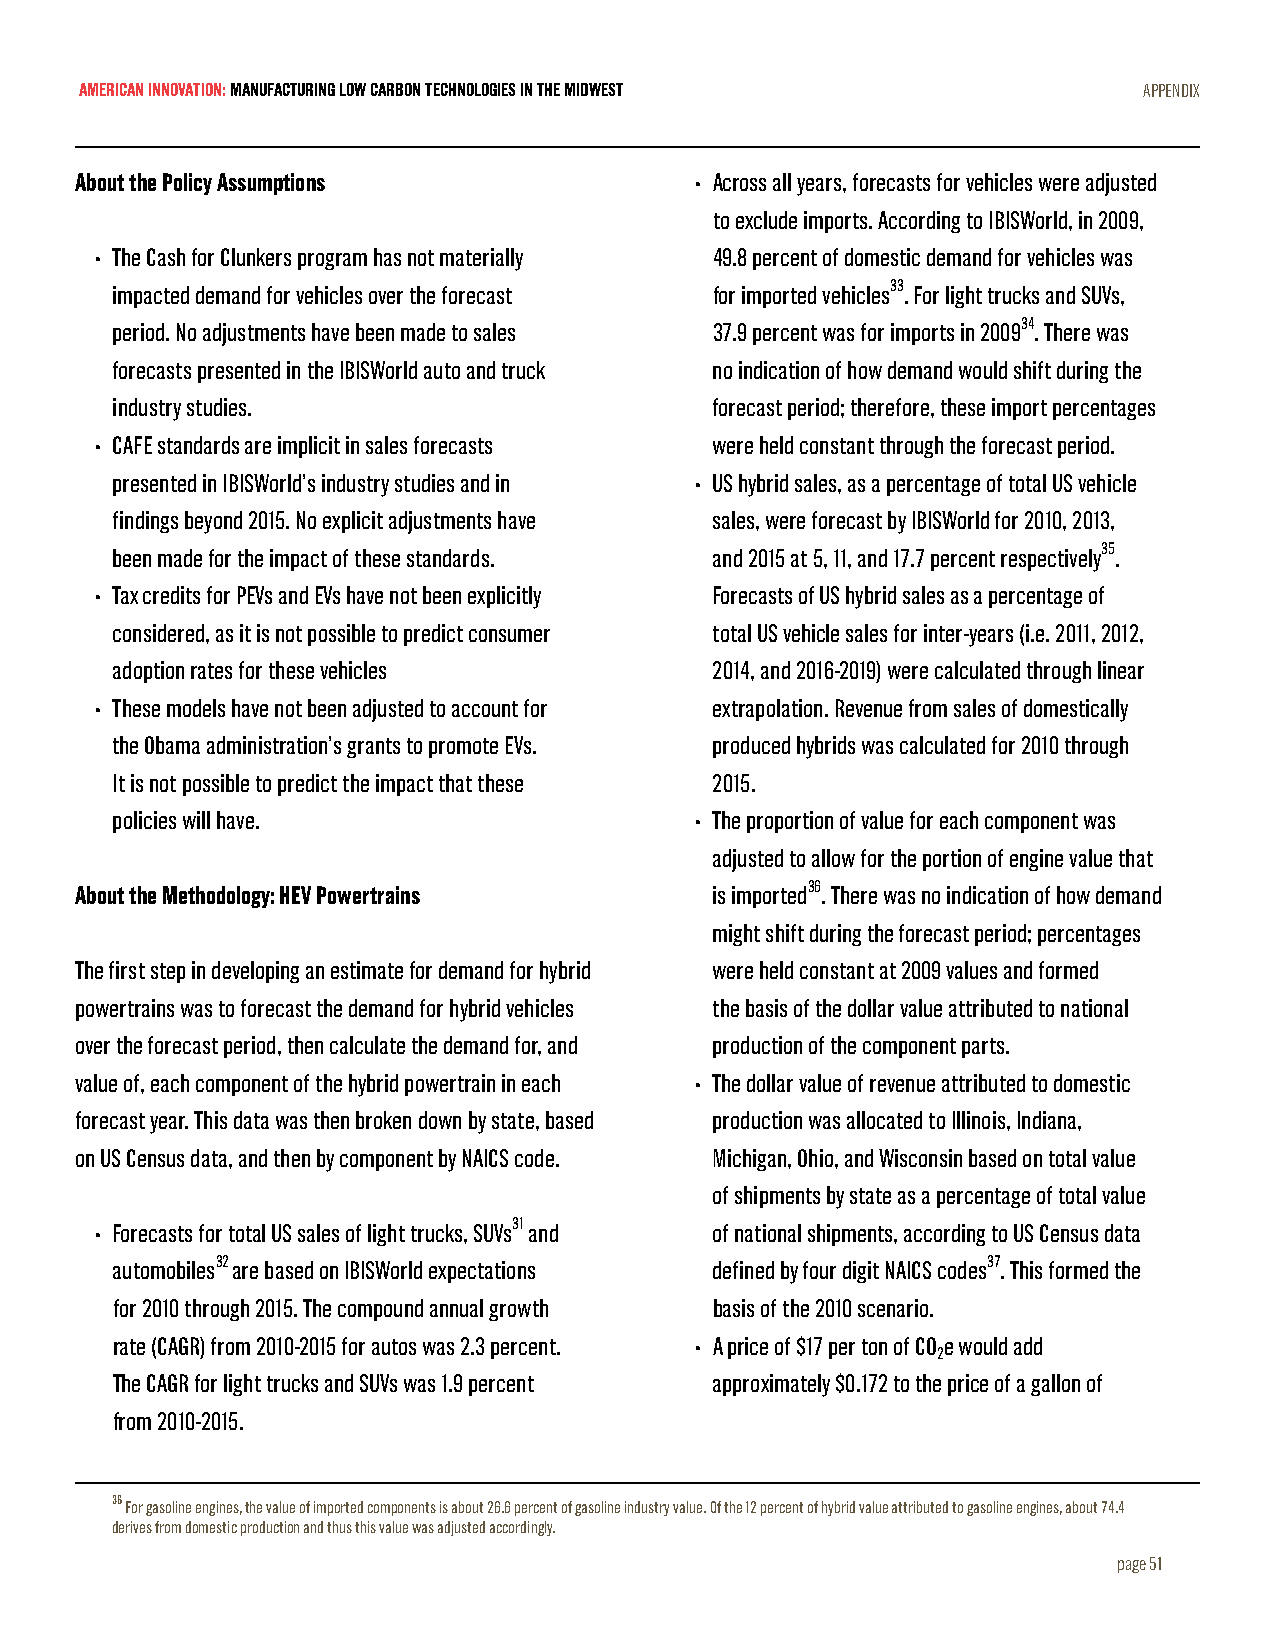
AMERICAN INNOVATION: MANUFACTURING LOW CARBON TECHNOLOGIES IN THE MIDWEST APPENDIX
 About the Policy Assumptions             • Across all years, forecasts for vehicles were adjusted
 to exclude imports. According to IBISWorld, in 2009,
 • The Cash for Clunkers program has not materially 49.8 percent of domestic demand for vehicles was
 impacted demand for vehicles over the forecast for imported vehicles33. For light trucks and SUVs,
 period. No adjustments have been made to sales 37.9 percent was for imports in 200934. There was
 forecasts presented in the IBISWorld auto and truck no indication of how demand would shift during the
 industry studies.                       forecast period; therefore, these import percentages
 • CAFE standards are implicit in sales forecasts were held constant through the forecast period.
 presented in IBISWorld’s industry studies and in • US hybrid sales, as a percentage of total US vehicle
 findings beyond 2015. No explicit adjustments have sales, were forecast by IBISWorld for 2010, 2013,
 been made for the impact of these standards. and 2015 at 5, 11, and 17.7 percent respectively35.
 • Tax credits for PEVs and EVs have not been explicitly Forecasts of US hybrid sales as a percentage of
 considered, as it is not possible to predict consumer total US vehicle sales for inter-years (i.e. 2011, 2012,
 adoption rates for these vehicles       2014, and 2016-2019) were calculated through linear
 • These models have not been adjusted to account for extrapolation. Revenue from sales of domestically
 the Obama administration’s grants to promote EVs. produced hybrids was calculated for 2010 through
 It is not possible to predict the impact that these 2015.
 policies will have.                    • The proportion of value for each component was
 adjusted to allow for the portion of engine value that
 About the Methodology: HEV Powertrains    is imported36. There was no indication of how demand
 might shift during the forecast period; percentages
 The first step in developing an estimate for demand for hybrid were held constant at 2009 values and formed
 powertrains was to forecast the demand for hybrid vehicles the basis of the dollar value attributed to national
 over the forecast period, then calculate the demand for, and production of the component parts.
 value of, each component of the hybrid powertrain in each • The dollar value of revenue attributed to domestic
 forecast year. This data was then broken down by state, based production was allocated to Illinois, Indiana,
 on US Census data, and then by component by NAICS code. Michigan, Ohio, and Wisconsin based on total value
 of shipments by state as a percentage of total value
 • Forecasts for total US sales of light trucks, SUVs31 and of national shipments, according to US Census data
 automobiles32 are based on IBISWorld expectations defined by four digit NAICS codes37. This formed the
 for 2010 through 2015. The compound annual growth basis of the 2010 scenario.
 rate (CAGR) from 2010-2015 for autos was 2.3 percent. • A price of $17 per ton of CO e would add
 2
 The CAGR for light trucks and SUVs was 1.9 percent approximately $0.172 to the price of a gallon of
 from 2010-2015.
 36 For gasoline engines, the value of imported components is about 26.6 percent of gasoline industry value. Of the 12 percent of hybrid value attributed to gasoline engines, about 74.4
 derives from domestic production and thus this value was adjusted accordingly.
 page 51